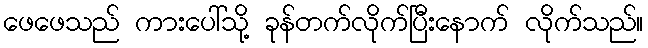
ဖေဖေသည် ကားပေါ်သို့ ခုန်တက်လိုက်ပြီးနောက် လိုက်သည်။